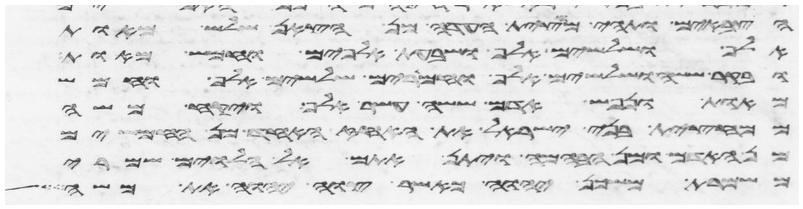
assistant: הצבאים ותהי מחצית העדה מן הצאן שלש מאות
אלף ושלשים אלף ושבעת אלפים וחמש מאות
ובקר ששה ושלשים אלף וחמרים שלשים אלף וחמש
מאות ונפש אדם ששה עשר אלף ויקח משה
ממחצית בני ישראל את האחז אחד מן החמשים
מן האדם ומן הבהמה ויתן אתם אל הלוים שמרי
משמרת משכן יהוה כאשר צוה יהוה את משה